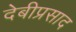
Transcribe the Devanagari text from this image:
देबीप्रसाद